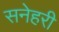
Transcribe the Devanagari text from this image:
सनेहरी